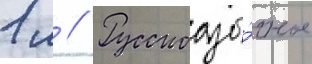
1 м // Русскоазы́чное